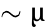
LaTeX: \sim\upmu